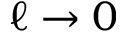
\ell \to 0